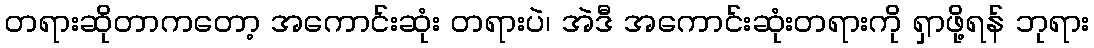
တရားဆိုတာကတော့ အကောင်းဆုံး တရားပဲ၊ အဲဒီ အကောင်းဆုံးတရားကို ရှာဖို့ရန် ဘုရား